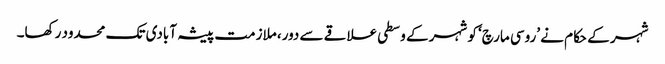
شہر کے حکام نے ’روسی مارچ‘ کو شہر کے وسطی علاقے سے دور، ملازمت پیشہ آبادی تک محدود رکھا۔